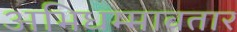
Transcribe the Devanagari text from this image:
अभिधम्मावतार